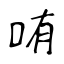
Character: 哊